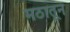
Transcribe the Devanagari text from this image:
मठातून